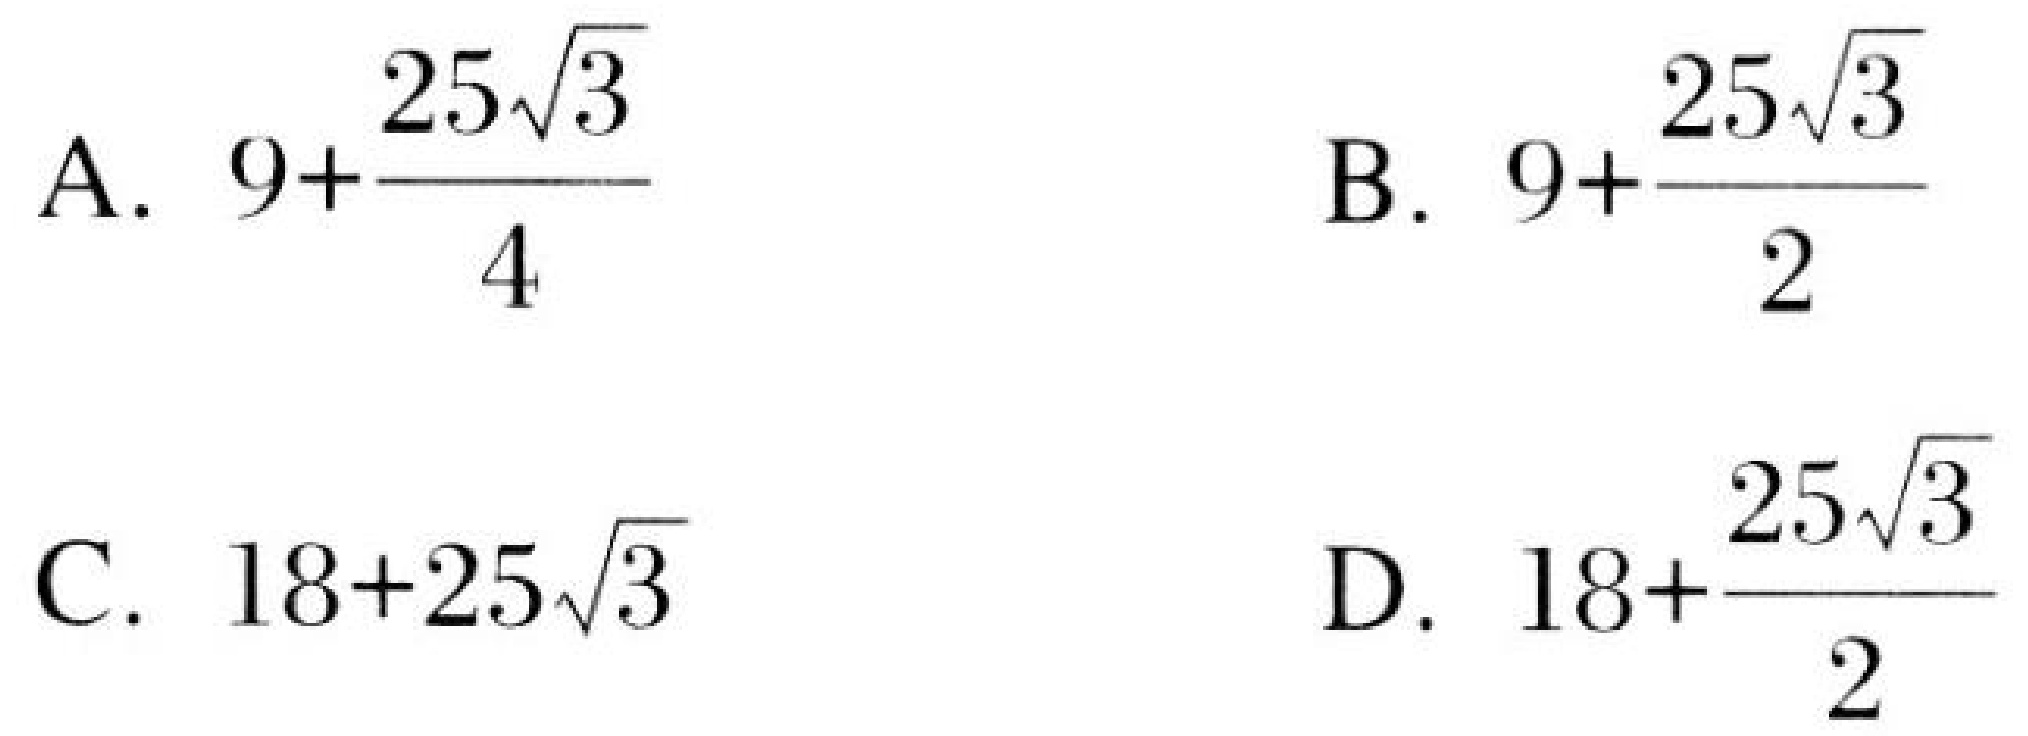
A. \(9+\dfrac{25\sqrt{3}}{4}\)
B. \(9+\dfrac{25\sqrt{3}}{2}\)
C. \(18 + 25\sqrt{3}\)
D. \(18+\dfrac{25\sqrt{3}}{2}\)